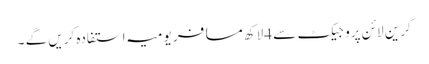
گرین لائن پروجیکٹ سے 4لاکھ مسافر یومیہ استفادہ کریں گے ۔